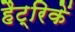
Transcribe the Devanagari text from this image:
हैट्रिकें